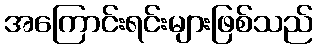
အကြောင်းရင်းများဖြစ်သည်